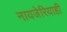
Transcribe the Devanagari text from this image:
नायजेरियाही